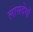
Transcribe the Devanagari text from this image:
लासदेमों